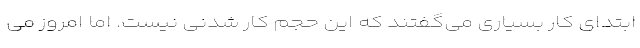
ابتدای کار بسیاری می‌گفتند که این حجم کار شدنی نیست. اما امروز می